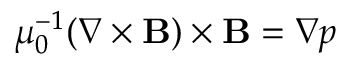
\mu _ { 0 } ^ { - 1 } ( \nabla \times \mathbf { B } ) \times \mathbf { B } = \nabla p